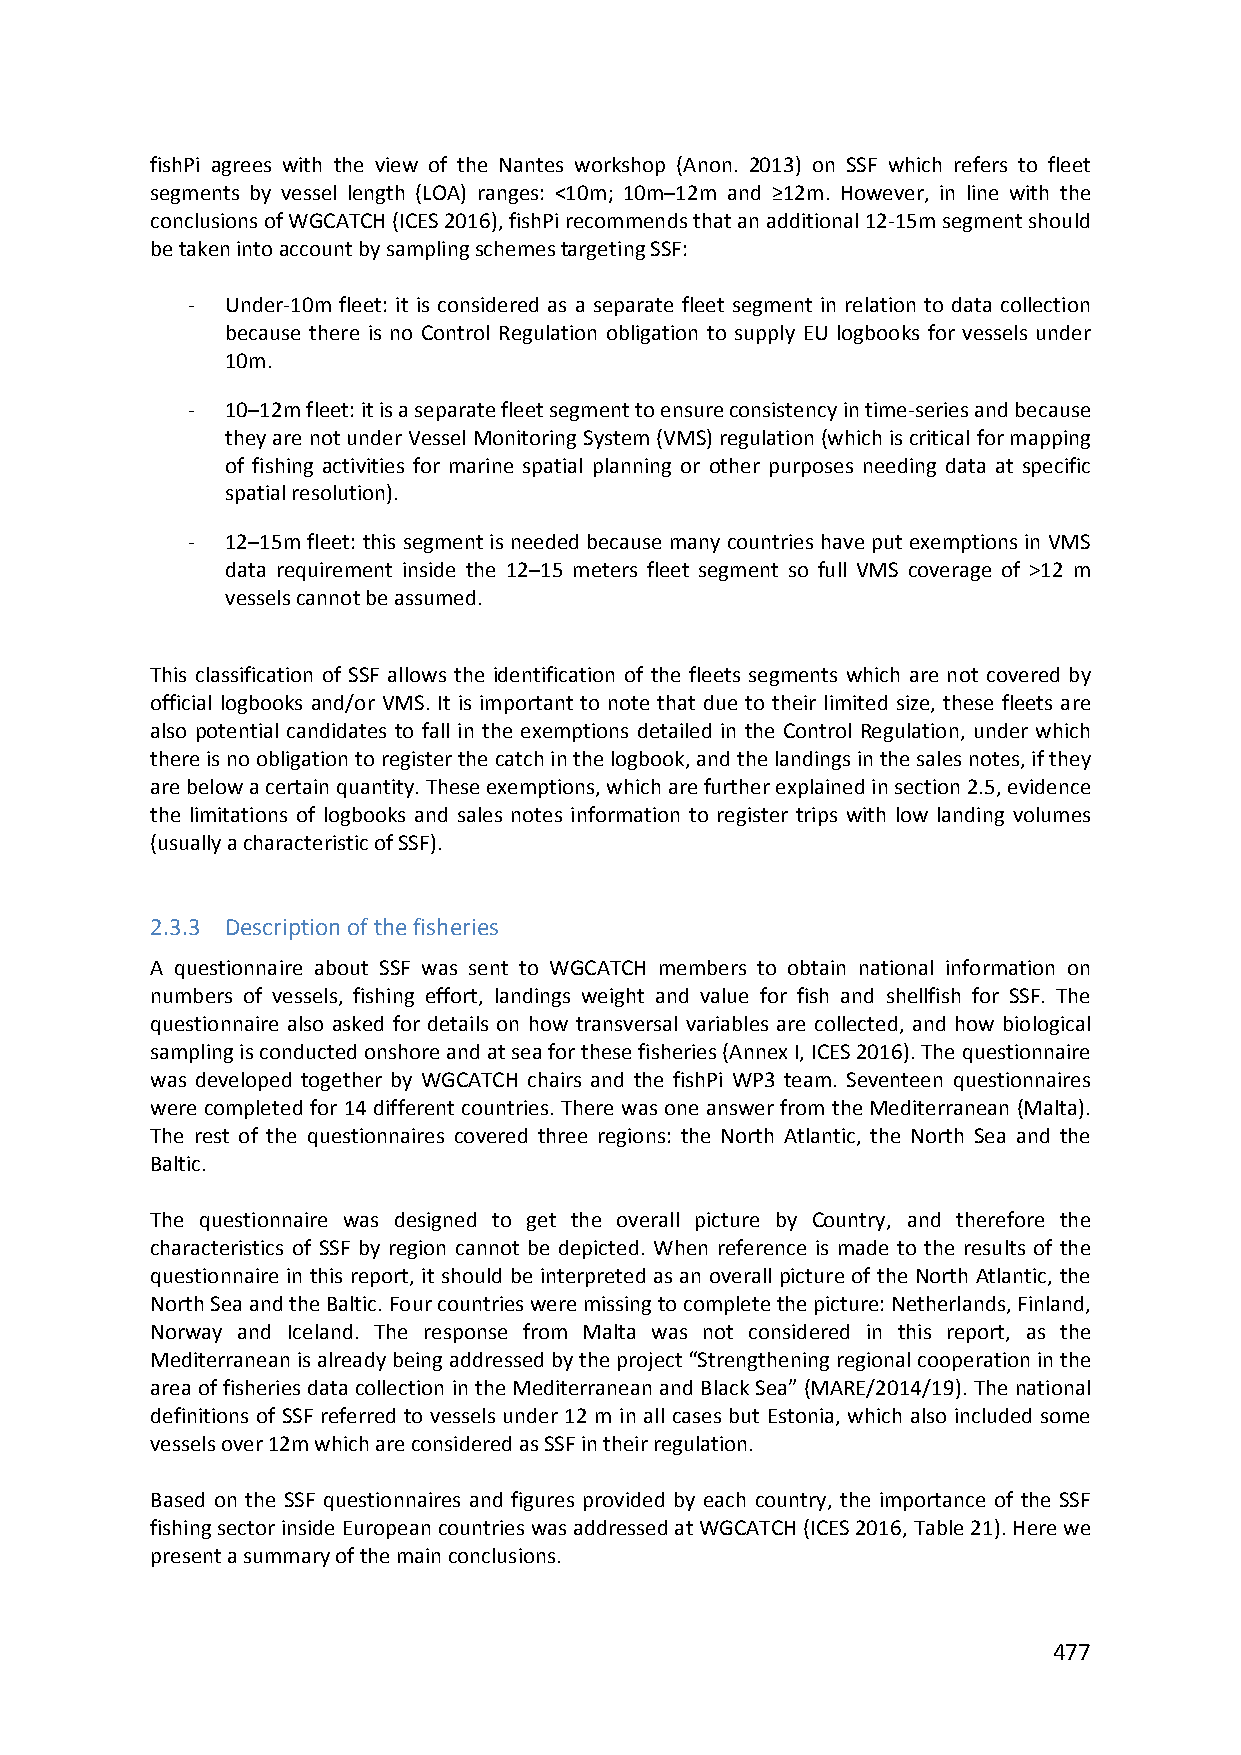
fishPi agrees with the view of the Nantes workshop (Anon. 2013) on SSF which refers to fleet
 segments by vessel length (LOA) ranges: <10m; 10m–12m and ≥12m. However, in line with the
 conclusions of WGCATCH (ICES 2016), fishPi recommends that an additional 12‐15m segment should
 be taken into account by sampling schemes targeting SSF:
 ‐  Under‐10m fleet: it is considered as a separate fleet segment in relation to data collection
 because there is no Control Regulation obligation to supply EU logbooks for vessels under
 10m.
 ‐  10–12m fleet: it is a separate fleet segment to ensure consistency in time‐series and because
 they are not under Vessel Monitoring System (VMS) regulation (which is critical for mapping
 of fishing activities for marine spatial planning or other purposes needing data at specific
 spatial resolution).
 ‐  12–15m fleet: this segment is needed because many countries have put exemptions in VMS
 data requirement inside the 12–15 meters fleet segment so full VMS coverage of >12 m
 vessels cannot be assumed.
 This classification of SSF allows the identification of the fleets segments which are not covered by
 official logbooks and/or VMS. It is important to note that due to their limited size, these fleets are
 also potential candidates to fall in the exemptions detailed in the Control Regulation, under which
 there is no obligation to register the catch in the logbook, and the landings in the sales notes, if they
 are below a certain quantity. These exemptions, which are further explained in section 2.5, evidence
 the limitations of logbooks and sales notes information to register trips with low landing volumes
 (usually a characteristic of SSF).
 2.3.3 Description of the fisheries
 A questionnaire about SSF was sent to WGCATCH members to obtain national information on
 numbers of vessels, fishing effort, landings weight and value for fish and shellfish for SSF. The
 questionnaire also asked for details on how transversal variables are collected, and how biological
 sampling is conducted onshore and at sea for these fisheries (Annex I, ICES 2016). The questionnaire
 was developed together by WGCATCH chairs and the fishPi WP3 team. Seventeen questionnaires
 were completed for 14 different countries. There was one answer from the Mediterranean (Malta).
 The rest of the questionnaires covered three regions: the North Atlantic, the North Sea and the
 Baltic.
 The questionnaire was designed to get the overall picture by Country, and therefore the
 characteristics of SSF by region cannot be depicted. When reference is made to the results of the
 questionnaire in this report, it should be interpreted as an overall picture of the North Atlantic, the
 North Sea and the Baltic. Four countries were missing to complete the picture: Netherlands, Finland,
 Norway and Iceland. The response from Malta was not considered in this report, as the
 Mediterranean is already being addressed by the project “Strengthening regional cooperation in the
 area of fisheries data collection in the Mediterranean and Black Sea” (MARE/2014/19). The national
 definitions of SSF referred to vessels under 12 m in all cases but Estonia, which also included some
 vessels over 12m which are considered as SSF in their regulation.
 Based on the SSF questionnaires and figures provided by each country, the importance of the SSF
 fishing sector inside European countries was addressed at WGCATCH (ICES 2016, Table 21). Here we
 present a summary of the main conclusions.
 477